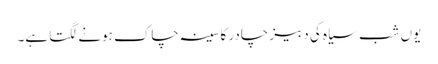
یوں شب سیاہ کی دبیز چادر کا سینہ چاک ہونے لگتا ہے۔